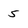
Character: 5